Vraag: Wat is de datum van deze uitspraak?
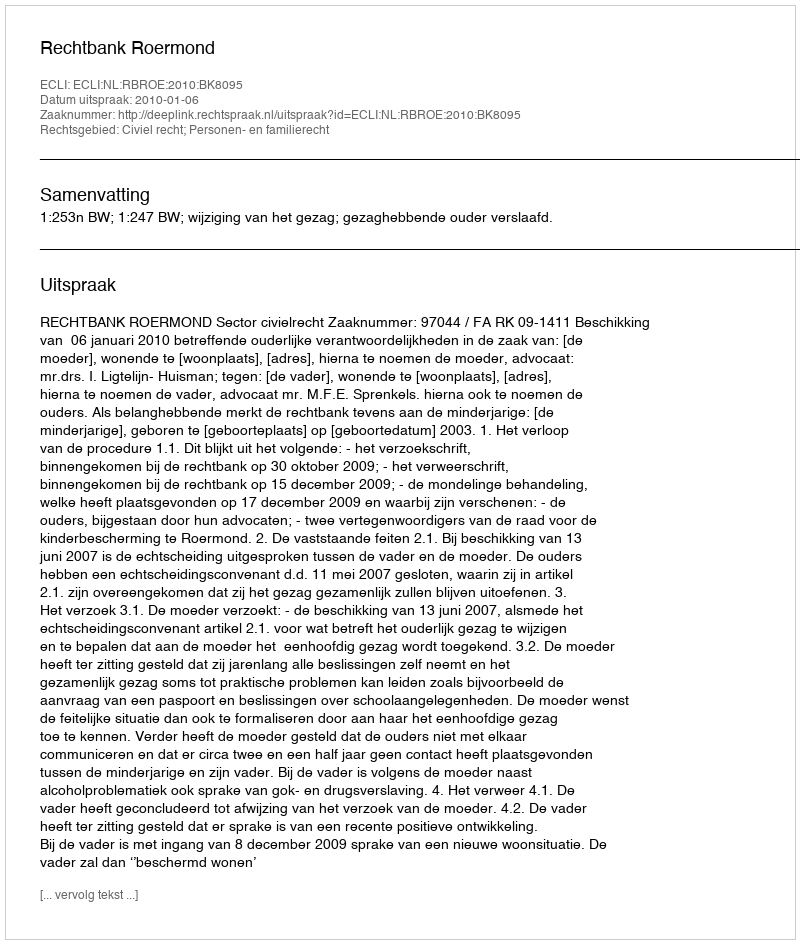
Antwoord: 2010-01-06